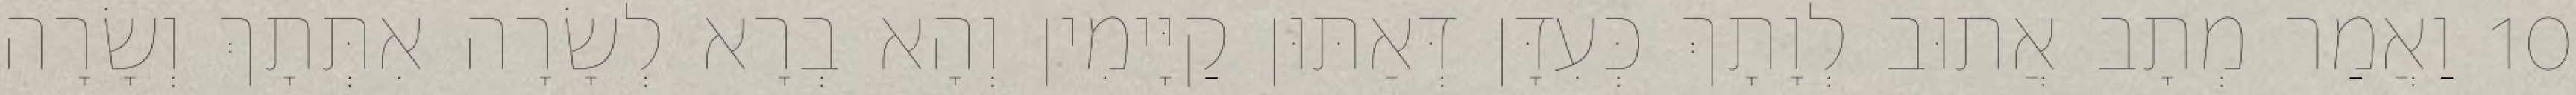
10 וַאֲמַר מְתָב אֲתוּב לְוָתָךְ כְּעִדָּן דְּאַתּוּן קַיָּימִין וְהָא בְרָא לְשָׂרָה אִתְּתָךְ וְשָׂרָה